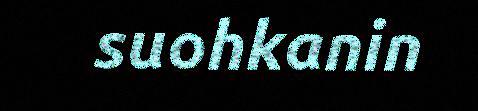
suohkanin